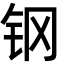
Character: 钢